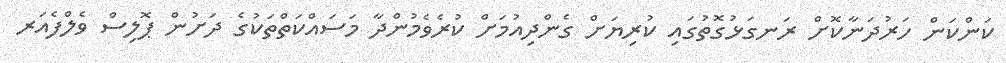
ކަންކަން ހަރުދަނާކޮށް ރަނގަޅުގޮތުގައި ކުރިޔަށް ގެންދިއުމަށް ކުރެވެމުންދާ މަސައްކަތްތަކުގެ ދަށުން ޕޮލިސް ވެލްފެއަރ